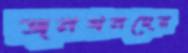
জনগনদের